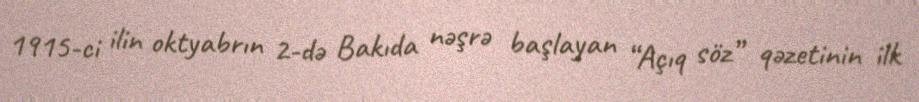
1915-ci ilin oktyabrın 2-də Bakıda nəşrə başlayan “Açıq söz” qəzetinin ilk